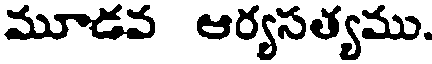
మూడవ ఆర్యసత్యము.